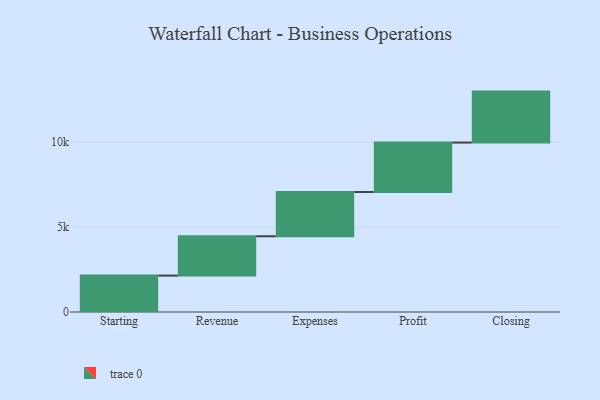
{"axis": {"x": "Step", "y": "Value"}, "legend": [""], "data": [{"x": "Starting", "y": 2144.0, "type": ""}, {"x": "Revenue", "y": 2314.0, "type": ""}, {"x": "Expenses", "y": 2605.0, "type": ""}, {"x": "Profit", "y": 2912.0, "type": ""}, {"x": "Closing", "y": 3000, "type": ""}]}